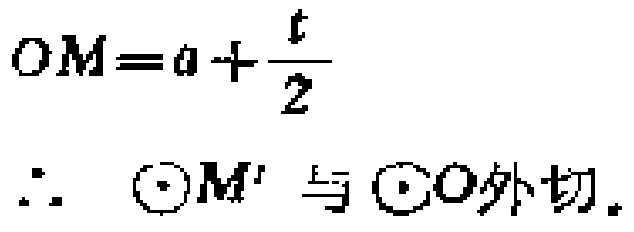
\[
OM = a+\frac{t}{2}
\]
\(\therefore\) \(\odot M'\) 与 \(\odot O\) 外切。